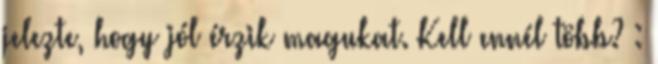
jelezte, hogy jól érzik magukat. Kell ennél több? :